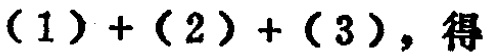
$(1)+(2)+(3)，得$